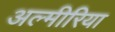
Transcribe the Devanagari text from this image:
अल्मीरिया